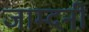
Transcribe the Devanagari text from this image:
जाम्दनी